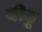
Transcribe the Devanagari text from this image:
बीठू